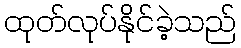
ထုတ်လုပ်နိုင်ခဲ့သည်